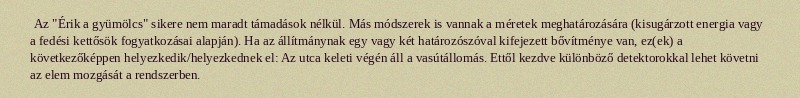
Az "Érik a gyümölcs" sikere nem maradt támadások nélkül. Más módszerek is vannak a méretek meghatározására (kisugárzott energia vagy a fedési kettősök fogyatkozásai alapján). Ha az állítmánynak egy vagy két határozószóval kifejezett bővítménye van, ez(ek) a következőképpen helyezkedik/helyezkednek el: Az utca keleti végén áll a vasútállomás. Ettől kezdve különböző detektorokkal lehet követni az elem mozgását a rendszerben.